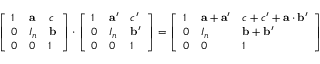
{ \left[ \begin{array} { l l l } { 1 } & { \mathbf { a } } & { c } \\ { 0 } & { I _ { n } } & { \mathbf { b } } \\ { 0 } & { 0 } & { 1 } \end{array} \right] } \cdot { \left[ \begin{array} { l l l } { 1 } & { \mathbf { a } ^ { \prime } } & { c ^ { \prime } } \\ { 0 } & { I _ { n } } & { \mathbf { b } ^ { \prime } } \\ { 0 } & { 0 } & { 1 } \end{array} \right] } = { \left[ \begin{array} { l l l } { 1 } & { \mathbf { a } + \mathbf { a } ^ { \prime } } & { c + c ^ { \prime } + \mathbf { a } \cdot \mathbf { b } ^ { \prime } } \\ { 0 } & { I _ { n } } & { \mathbf { b } + \mathbf { b } ^ { \prime } } \\ { 0 } & { 0 } & { 1 } \end{array} \right] }